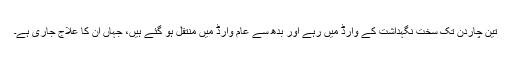
تین چاردن تک سخت نگہداشت کے وارڈ میں رہے اور بدھ سے عام وارڈ میں منتقل ہو گئے ہیں، جہاں ان کا علاج جاری ہے۔